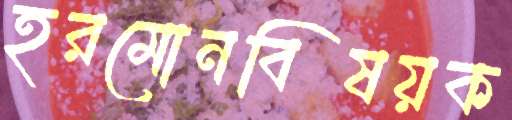
হরমোনবিষয়ক